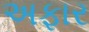
અફાર